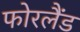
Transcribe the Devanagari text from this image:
फोरलैंड